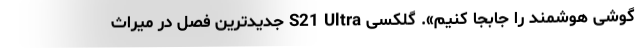
گوشی هوشمند را جابجا کنیم». گلکسی S21 Ultra جدیدترین فصل در میراث